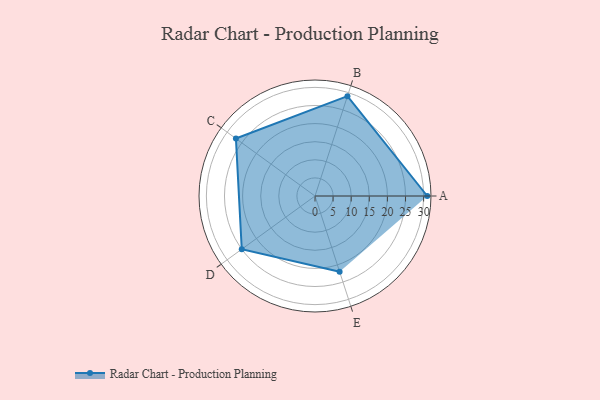
{"axis": {"x": "Skill", "y": "Score"}, "legend": ["Profile"], "data": [{"x": "A", "y": 31.0, "type": "Profile"}, {"x": "B", "y": 29.0, "type": "Profile"}, {"x": "C", "y": 27.0, "type": "Profile"}, {"x": "D", "y": 25.0, "type": "Profile"}, {"x": "E", "y": 22.0, "type": "Profile"}]}